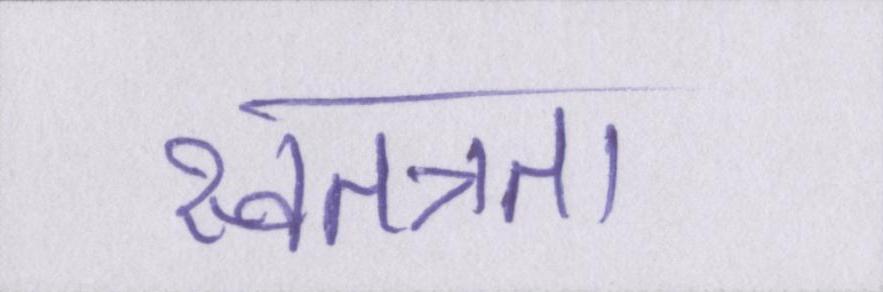
स्वतत्रता